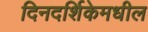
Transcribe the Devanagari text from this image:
दिनदर्शिकेमधील